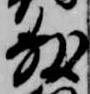
敷